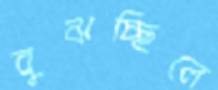
বুঝচ্ছিলে